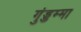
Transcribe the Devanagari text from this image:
गुंड्डम्मा